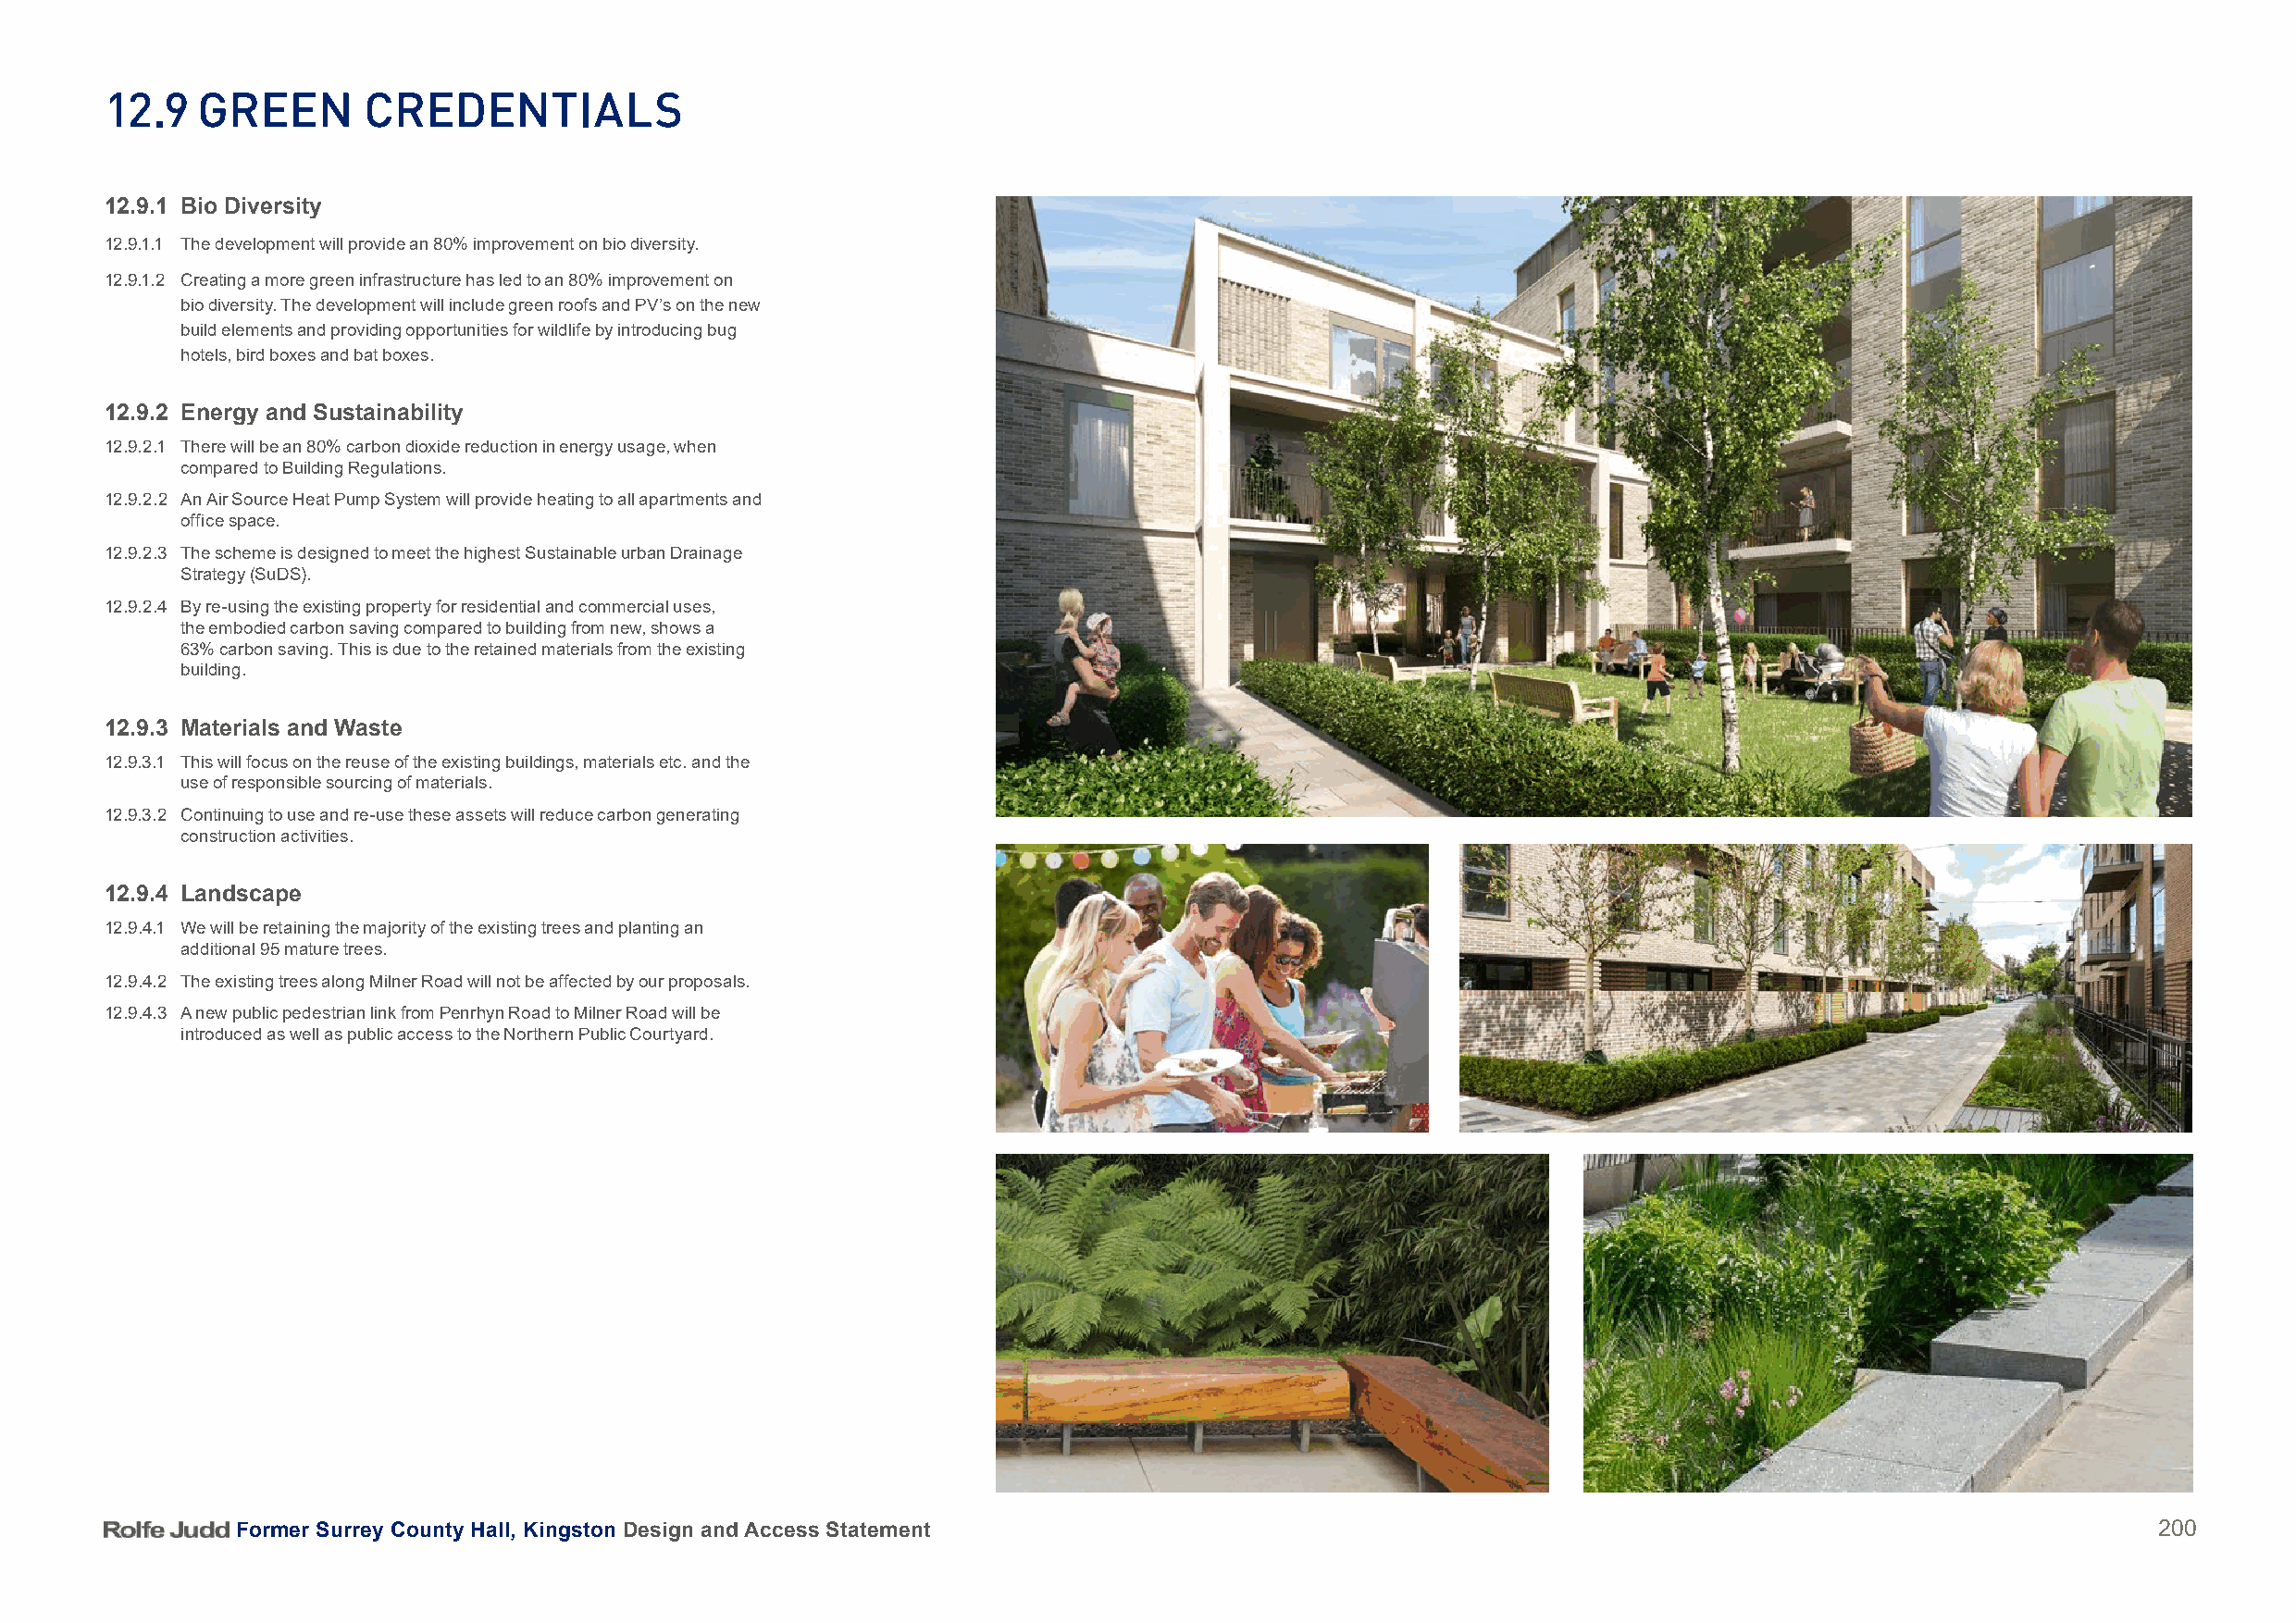
12.9   green       CreDentialS
 12.9.1 Bio Diversity
 12.9.1.1 The development will provide an 80% improvement on bio diversity.
 12.9.1.2 Creating a more green infrastructure has led to an 80% improvement on
 bio diversity. The development will include green roofs and PV’s on the new
 build elements and providing opportunities for wildlife by introducing bug
 hotels, bird boxes and bat boxes.
 12.9.2 Energy and Sustainability
 12.9.2.1 There will be an 80% carbon dioxide reduction in energy usage, when
 compared to Building Regulations.
 12.9.2.2 An Air Source Heat Pump System will provide heating to all apartments and
 office space.
 12.9.2.3 The scheme is designed to meet the highest Sustainable urban Drainage
 Strategy (SuDS).
 12.9.2.4 By re-using the existing property for residential and commercial uses,
 the embodied carbon saving compared to building from new, shows a
 63% carbon saving. This is due to the retained materials from the existing
 building.
 12.9.3 Materials and Waste
 12.9.3.1 This will focus on the reuse of the existing buildings, materials etc. and the
 use of responsible sourcing of materials.
 12.9.3.2 Continuing to use and re-use these assets will reduce carbon generating
 construction activities.
 12.9.4 Landscape
 12.9.4.1 We will be retaining the majority of the existing trees and planting an
 additional 95 mature trees.
 12.9.4.2 The existing trees along Milner Road will not be affected by our proposals.
 12.9.4.3 A new public pedestrian link from Penrhyn Road to Milner Road will be
 introduced as well as public access to the Northern Public Courtyard.
 Former Surrey County Hall, Kingston Design and Access Statement                                                                          200